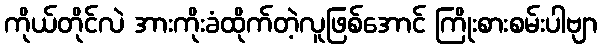
ကိုယ်တိုင်လဲ အားကိုးခံထိုက်တဲ့လူဖြစ်အောင် ကြိုးစားစမ်းပါဗျာ